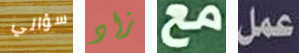
سؤالي زاد مع عمل